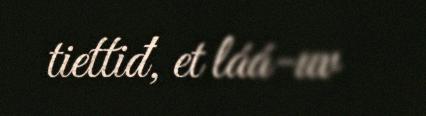
tiettiđ, et láá-uv